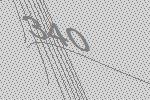
340